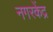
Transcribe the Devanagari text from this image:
नगरकेंद्र